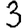
Digit: 3